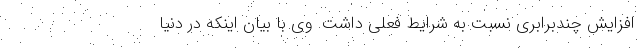
افزایش چندبرابری نسبت به شرایط فعلی داشت. وی با بیان اینکه در دنیا